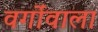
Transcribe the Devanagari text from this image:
वर्गोंवाला